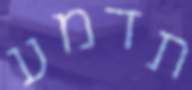
תדמע